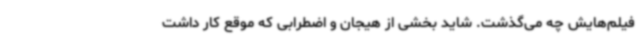
فیلم‌هایش چه می‌گذشت. شاید بخشی از هیجان و اضطرابی که موقع کار داشت